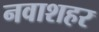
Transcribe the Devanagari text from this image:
नवाशहर